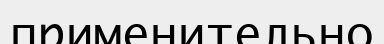
применительно